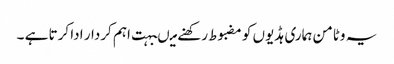
یہ وٹامن ہماری ہڈیوں کو مضبوط رکھنے میںبہت اہم کردار ادا کرتا ہے ۔